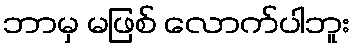
ဘာမှ မဖြစ် လောက်ပါဘူး